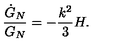
{ \frac { \dot { G } _ { N } } { G _ { N } } } = - { \frac { k ^ { 2 } } { 3 } } H .